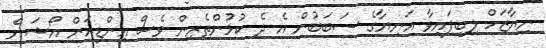
ނިޔާޒަށް ލިބިފައިވާ އަނިޔާގެ ސަބަބުން އެ ދެ ކުޅުންތެރިން ވެސް އިންޑިއަން އޯޝަން